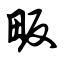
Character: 畈